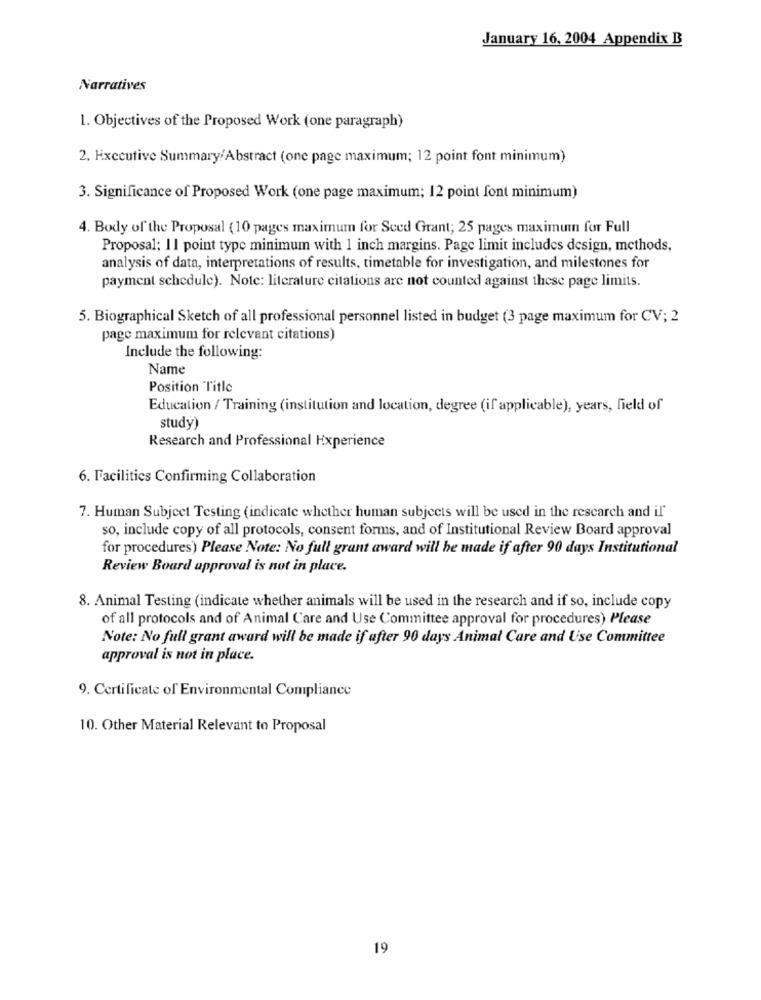
January 16, 2004 Appendix B
Narratives
1. Objectives of the Proposed Work (one paragraph)
2. Executive Summary/Abstract (one page maximum; 12 point font minimum)
3. Significance of Proposed Work (one page maximum; 12 point font minimum)
4. Body of the Proposal (10 pages maximum for Seed Grant; 25 pages maximumn for Full
Proposal; Il point type minimum with 1 inch margins. Page limit includes design, methods,
analysis of data, interpretations of results, timetable for investigation, and milestones for
payment schedule). Note: literature citations are not counted against these page limits.
5. Biographical Sketch of all professional personnel listed in budget (3 page maximum for CV; 2
page maximum for relevant citations)
Include the following:
Name
Position Title
Education / Training (institution and location, degree (if applicable), years, field of
study)
Research and Professional Experience
6. Facilities Confirming Collaboration
7. Human Subject Testing (indicate whether human subjects will be used in the research and if"'
so, include copy of all protocols, consent forms, and of Institutional Review Board approval
for procedures) Please Note: No full grant award will he made if after 90 days Institutional
Review Board approval is not in place.
8. Animal Testing (indicate whether animals will be used in the research and if so, include copy
of all protocols and of Animal Care and Use Committee approval for procedures) Please
Note: No full grant award will be made if after 90 days Animal Care and Use Committee
approval is not in place.
9. Certificate of Environmental Compliance
10. Other Material Relevant to Proposal
19